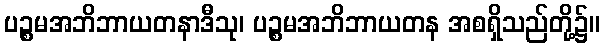
ပဉ္စမအဘိဘာယတနာဒီသု၊ ပဉ္စမအဘိဘာယတန အစရှိသည်တို့၌။